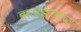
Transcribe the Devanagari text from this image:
ब्राऊझरच्या